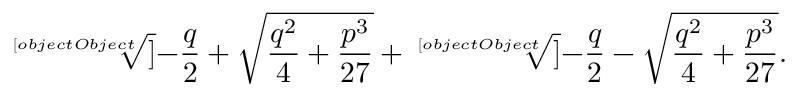
{ \sqrt [ [object Object] ] { - { \frac { q } { 2 } } + { \sqrt { { \frac { q ^ { 2 } } { 4 } } + { \frac { p ^ { 3 } } { 2 7 } } } } } } + { \sqrt [ [object Object] ] { - { \frac { q } { 2 } } - { \sqrt { { \frac { q ^ { 2 } } { 4 } } + { \frac { p ^ { 3 } } { 2 7 } } } } } } .